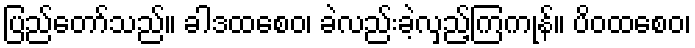
ပြည်တော်သည်။ ခါဒထစေဝ၊ ခဲလည်းခဲ့လှည့်ကြကုန်။ ပိဝထစေဝ၊